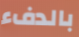
بالدفء